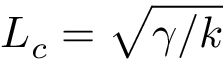
L _ { c } = \sqrt { \gamma / k }